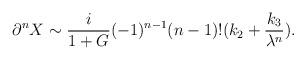
LaTeX: \begin{align*}\partial ^{n}X\sim \frac{i}{1+G}(-1)^{n-1}(n-1)!(k_{2}+\frac{k_{3}}{\lambda^{n}}).\end{align*}